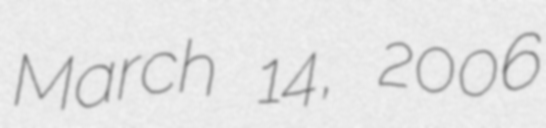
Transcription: March 14, 2006